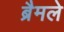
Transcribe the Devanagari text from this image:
ब्रैमले